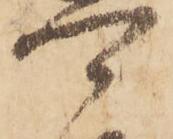
可